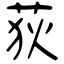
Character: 荻